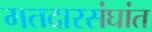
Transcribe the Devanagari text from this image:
मतदारसंघांत